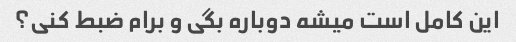
این کامل است میشه دوباره بگی و برام ضبط کنی؟